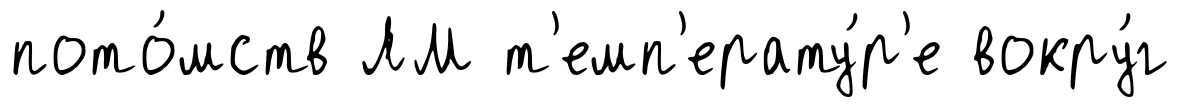
пото́мств ЛМ т'емп'ерату́р'е вокру́г